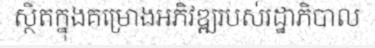
ស្ថិតក្នុងគម្រោងអភិវឌ្ឍរបស់រដ្ឋាភិបាល